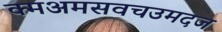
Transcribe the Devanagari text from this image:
क्मअमसवचउमदज